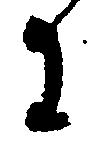
に